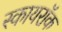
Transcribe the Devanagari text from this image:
स्कायरॉक